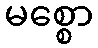
မစ္စော